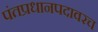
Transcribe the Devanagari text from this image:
पंतप्रधानपदावरच